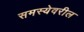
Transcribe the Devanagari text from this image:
समस्येवरील